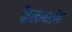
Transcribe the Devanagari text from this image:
कैलमाईन